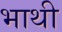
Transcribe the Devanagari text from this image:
भाथी